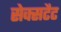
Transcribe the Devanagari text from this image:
सेक्सटैट